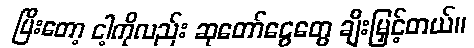
ပြီးတော့ ငါ့ကိုလည်း ဆုတော်ငွေတွေ ချီးမြှင့်တယ်။